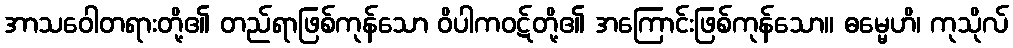
အာသဝေါတရားတို့၏ တည်ရာဖြစ်ကုန်သော ဝိပါကဝဋ်တို့၏ အကြောင်းဖြစ်ကုန်သော။ ဓမ္မေဟိ၊ ကုသိုလ်